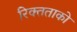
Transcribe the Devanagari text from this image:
रिक्तताको